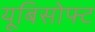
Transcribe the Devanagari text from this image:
यूबिसोफ्ट